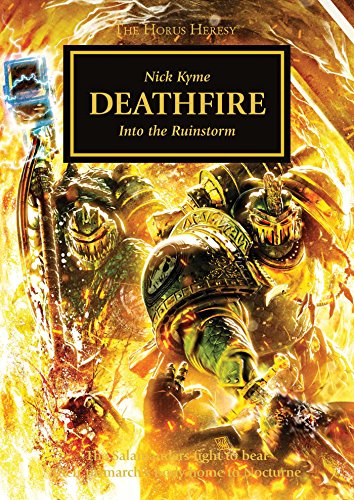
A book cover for Deathfire (The Horus Heresy); Nick Kyme; Science Fiction & Fantasy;